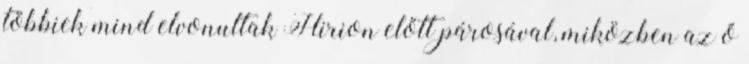
többiek mind elvonultak Hirion előtt párosával, miközben az ő